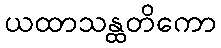
ယထာသန္ထတိကော